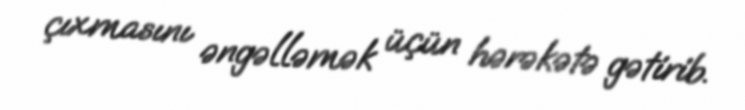
çıxmasını əngəlləmək üçün hərəkətə gətirib.